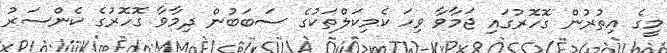
މީގެ އިތުރުން ގޮހޮރުގައި ޖަމާވާ ވިހަ ކެމިކަލްތަކުގެ ސަބަބުން ދިމާވާ ގޮހޮރުގެ ކެންސަރު